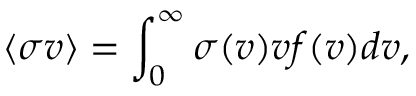
\langle \sigma v \rangle = \int _ { 0 } ^ { \infty } \sigma ( v ) v f ( v ) d v ,